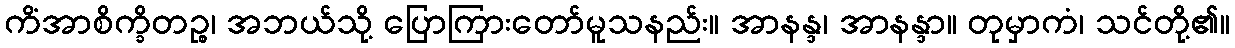
ကိံအာစိက္ခိတဉ္စ၊ အဘယ်သို့ ပြောကြားတော်မူသနည်း။ အာနန္ဒ၊ အာနန္ဒာ။ တုမှာကံ၊ သင်တို့၏။